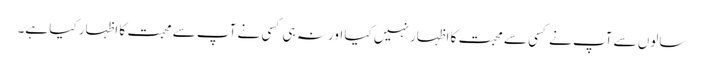
سالوں سے آپ نے کسی سے محبت کا اظہار نہیں کیا اور نہ ہی کسی نے آپ سے محبت کا اظہار کیا ہے۔